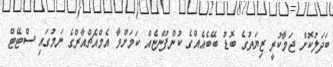
ބަދަލުކޮށް ޖަމާކުރީ ޒިޔަތުގެ ބޮޑު ބޭބެއެއްގެ ކުންފުންޏެއް ކަމަށްވާ އެމްއެޗްއާރްގެ ނަމުގައި ސްޓޭޓް